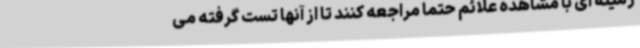
زمینه ای با مشاهده علائم حتما مراجعه کنند تا از آنها تست گرفته می